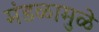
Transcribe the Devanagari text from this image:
मंडळामुळे